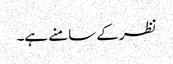
نظر کے سامنے ہے۔